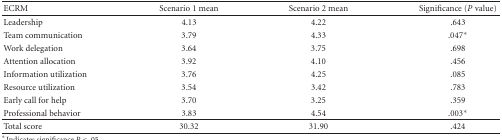
| ECRM | Scenario 1 mean | Scenario 2 mean | Significance (P value) |
 | --- | --- | --- | --- |
 | Leadership | 4.13 | 4.22 | .643 |
 | Team communication | 3.79 | 4.33 | .047* |
 | Work delegation | 3.64 | 3.75 | .698 |
 | Attention allocation | 3.92 | 4.10 | .456 |
 | Information utilization | 3.76 | 4.25 | .085 |
 | Resource utilization | 3.54 | 3.42 | .783 |
 | Early call for help | 3.70 | 3.25 | .359 |
 | Professional behavior | 3.83 | 4.54 | .003* |
 | Total score | 30.32 | 31.90 | .424 |